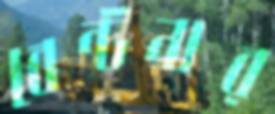
বেন্টনার